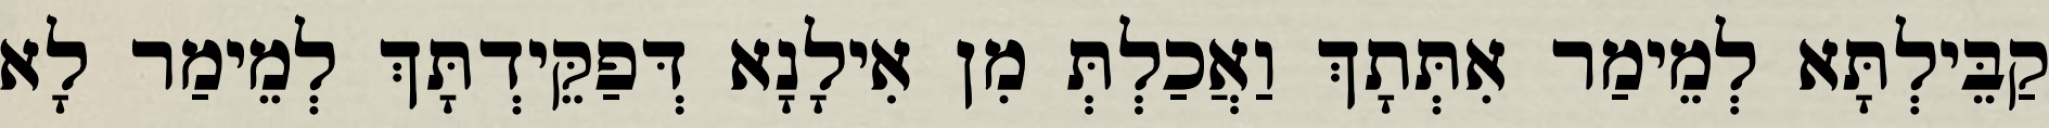
קַבֵּילְתָּא לְמֵימַר אִתְּתָךְ וַאֲכַלְתְּ מִן אִילָנָא דְּפַקֵּידְתָּךְ לְמֵימַר לָא